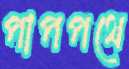
পাপপথে